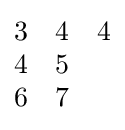
{\begin{matrix}3&4&4\\4&5\\6&7\end{matrix}}